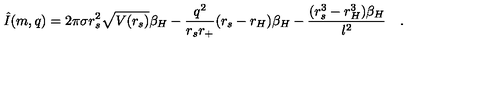
\hat { I } ( m , q ) = 2 \pi \sigma r _ { s } ^ { 2 } \sqrt { V ( r _ { s } ) } \beta _ { H } - \frac { q ^ { 2 } } { r _ { s } r _ { + } } ( r _ { s } - r _ { H } ) \beta _ { H } - \frac { ( r _ { s } ^ { 3 } - r _ { H } ^ { 3 } ) \beta _ { H } } { \l ^ { 2 } } \quad .